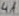
Text: 4A